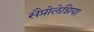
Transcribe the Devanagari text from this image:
सैप्रोलेग्निया